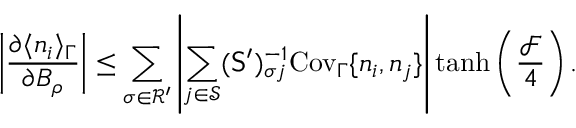
\left| \frac { \partial \langle n _ { i } \rangle _ { \Gamma } } { \partial B _ { \rho } } \right| \leq \sum _ { \sigma \in \mathcal { R } ^ { \prime } } \left| \sum _ { j \in \mathcal { S } } ( \mathsf { S } ^ { \prime } ) _ { \sigma j } ^ { - 1 } \mathrm { C o v } _ { \Gamma } \{ n _ { i } , n _ { j } \} \right| \operatorname { t a n h } \left( \frac { \mathcal { F } } { 4 } \right) .